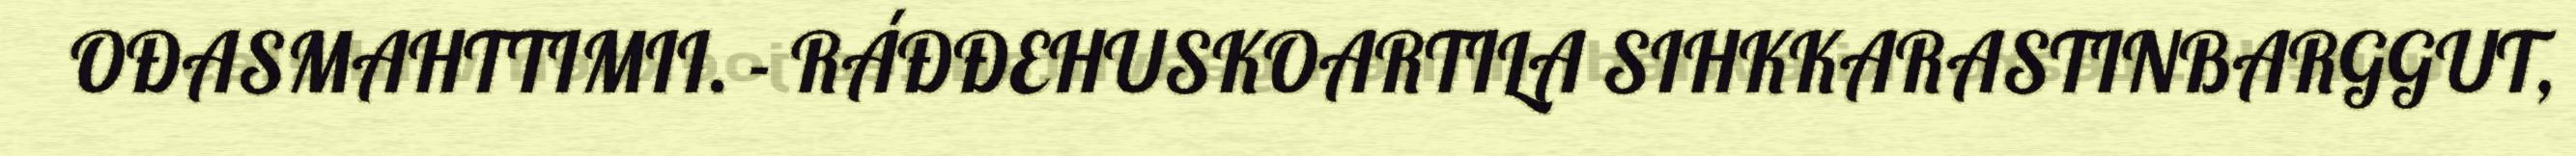
OĐASMAHTTIMII. - RÁĐĐEHUSKOARTILA SIHKKARASTINBARGGUT,